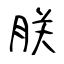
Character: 朕